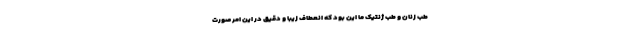
طب زنان و طب ژنتیک ما این بود که انعطاف زیبا و دقیق در این امر صورت